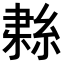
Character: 𦀱